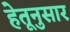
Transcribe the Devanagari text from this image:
हेतूनुसार